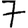
Digit: 7